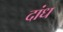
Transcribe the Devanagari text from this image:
दांध